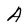
Character: A